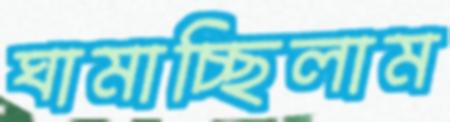
ঘামাচ্ছিলাম